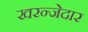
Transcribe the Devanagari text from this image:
खरन्जेदार